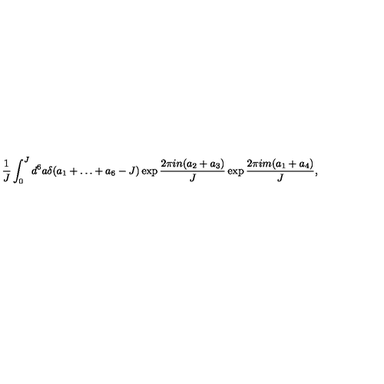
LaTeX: \frac { 1 } { J } \int _ { 0 } ^ { J } d ^ { 6 } a \delta ( a _ { 1 } + \ldots + a _ { 6 } - J ) \exp \frac { 2 \pi i n ( a _ { 2 } + a _ { 3 } ) } { J } \exp \frac { 2 \pi i m ( a _ { 1 } + a _ { 4 } ) } { J } ,